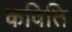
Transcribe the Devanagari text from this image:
कविति